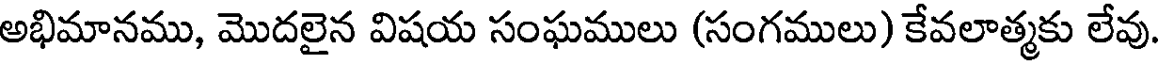
అభిమానము, మొదలైన విషయ సంఘములు (సంగములు) కేవలాత్మకు లేవు